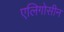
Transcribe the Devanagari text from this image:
एलिगोसीन